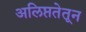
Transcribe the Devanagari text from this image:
अलिप्ततेतून